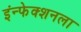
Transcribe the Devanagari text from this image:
इंन्फेक्शनला